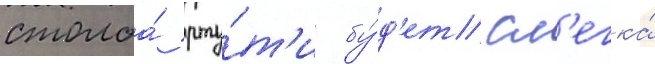
столба́ рту́т'и бу́д'ет сл'егка́